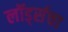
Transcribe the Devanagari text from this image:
लॉर्ड्सचा